65_HS1-834228961_62-HQ-83894_Section_3
Agency: FBI
Page 10
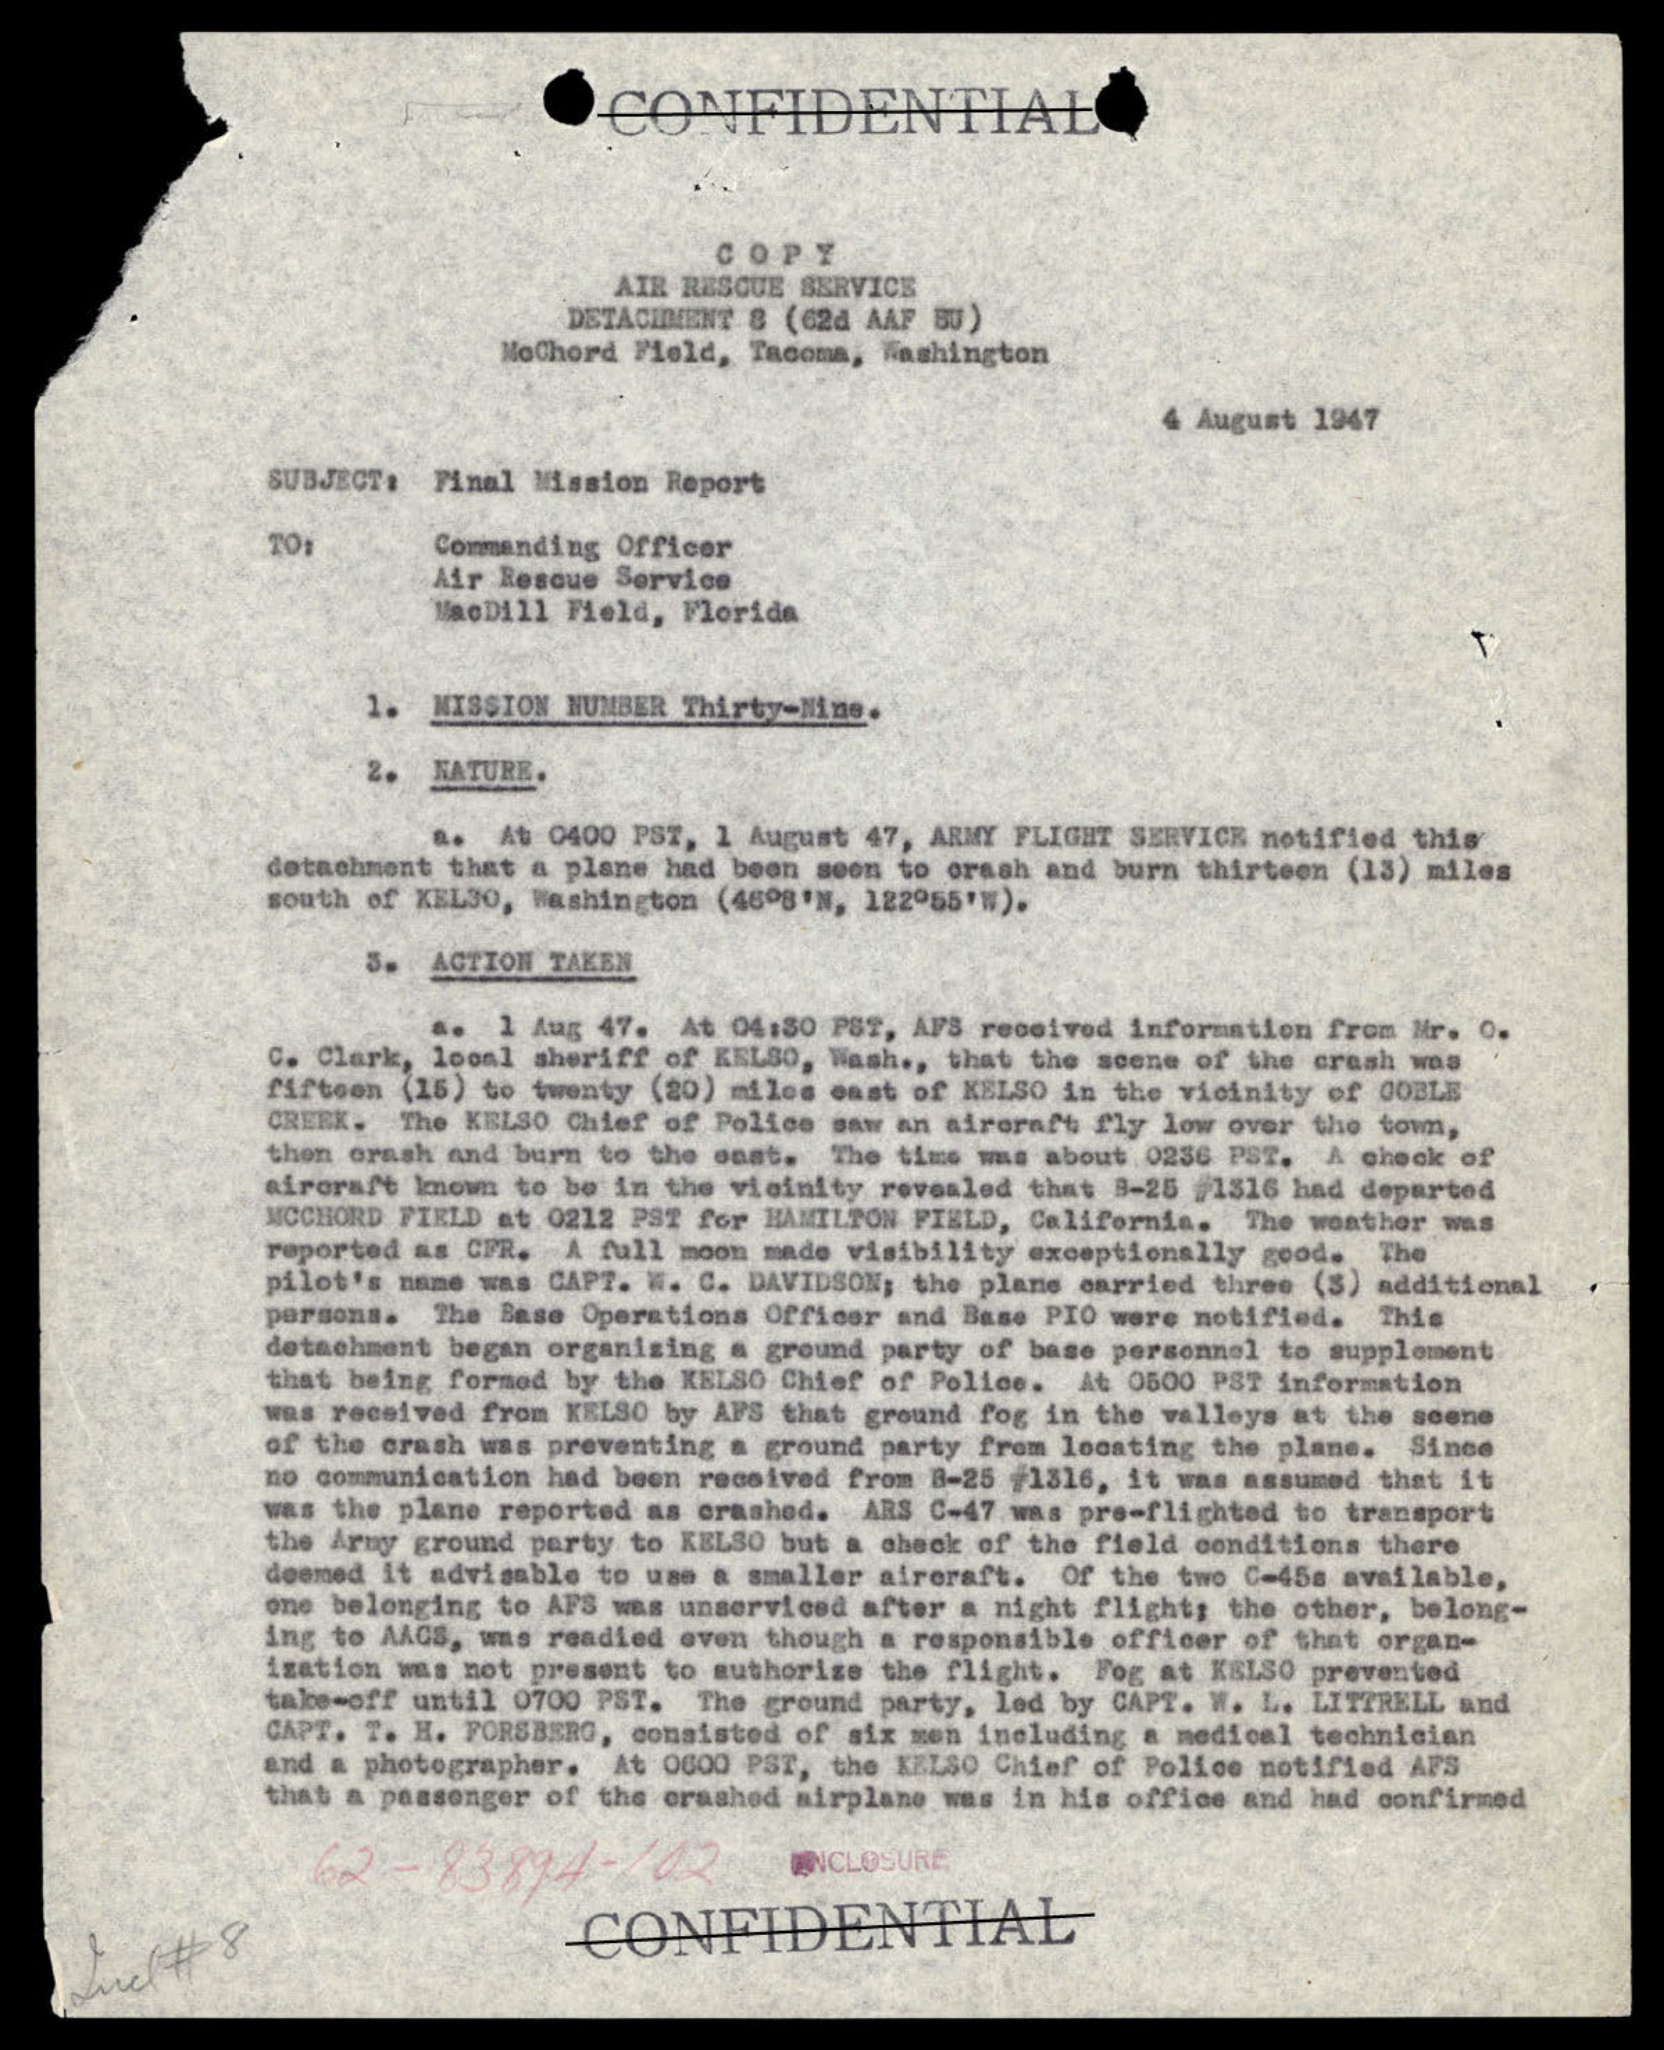